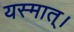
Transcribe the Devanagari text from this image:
यस्मात्।